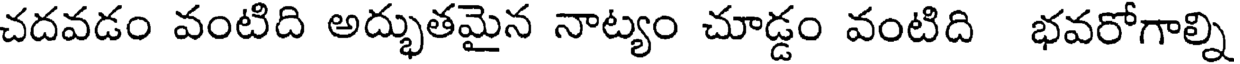
చదవడం వంటిది అద్భుతమైన నాట్యం చూడ్డం వంటిది భవరోగాల్ని